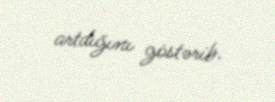
artdığını göstərib.